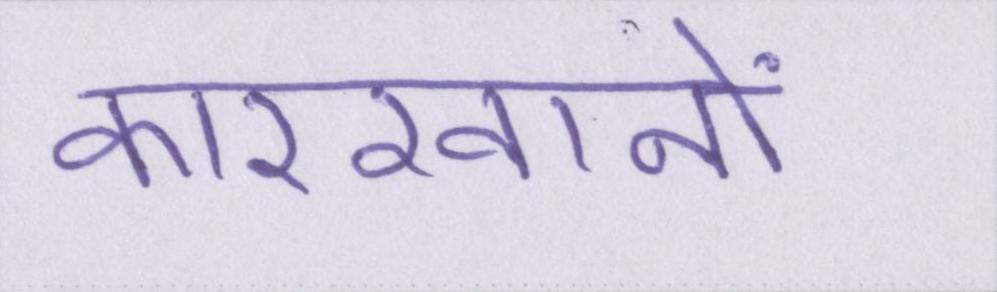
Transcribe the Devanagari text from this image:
कारखानों